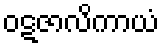
ဝဋဇာလိကာယံ